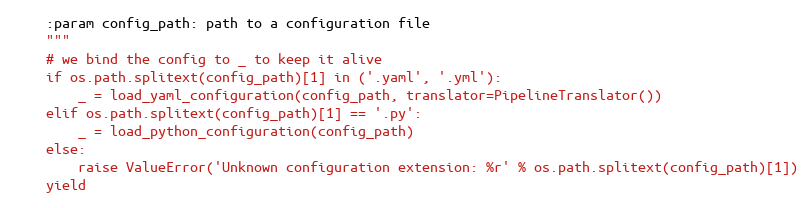
Language: Python
    :param config_path: path to a configuration file
    """
    # we bind the config to _ to keep it alive
    if os.path.splitext(config_path)[1] in ('.yaml', '.yml'):
        _ = load_yaml_configuration(config_path, translator=PipelineTranslator())
    elif os.path.splitext(config_path)[1] == '.py':
        _ = load_python_configuration(config_path)
    else:
        raise ValueError('Unknown configuration extension: %r' % os.path.splitext(config_path)[1])
    yield